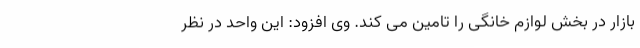
بازار در بخش لوازم خانگی را تامین می کند. وی افزود: این واحد در نظر